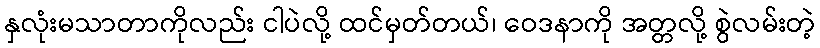
နှလုံးမသာတာကိုလည်း ငါပဲလို့ ထင်မှတ်တယ်၊ ဝေဒနာကို အတ္တလို့ စွဲလမ်းတဲ့